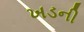
ખડની